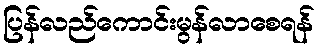
ပြန်လည်ကောင်းမွန်လာစေရန်